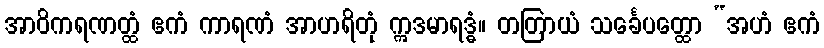
အာဝိကရဏတ္ထံ ဧကံ ကာရဏံ အာဟရိတုံ ဣဒမာရဒ္ဓံ။ တတြာယံ သင်္ခေပတ္ထော “အဟံ ဧကံ